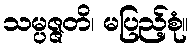
သမ္ပဇ္ဇတိ၊ မပြည့်စုံ။